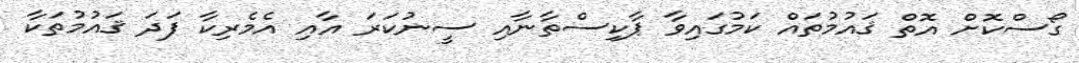
ގޯސްކޮށް އޮތް ޤައުމުތައް ކަމުގައިވާ ޕާކިސްތާނާއި ސީނުކަރަ އާއި އެމެރިކާ ފަދަ ޤައުމުތަކާ